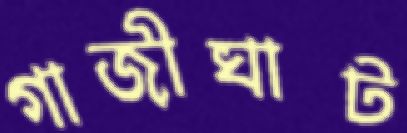
গাজীঘাট